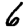
Digit: 6